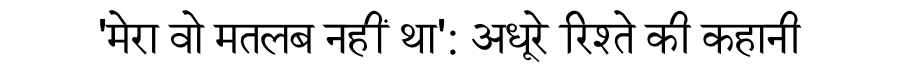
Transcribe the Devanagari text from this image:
'मेरा वो मतलब नहीं था': अधूरे रिश्ते की कहानी